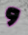
و